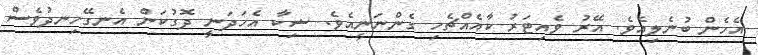
އެހެން ބުނެލިއެވެ. އޭރު ވެއިޓަރު ކާއެއްޗެހި ގެންނަނީއެވެ. ޝިކާ އެހަދަނީ ދޮގުކަން އެނގޭހިނދުވެސް